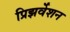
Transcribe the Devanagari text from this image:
प्रिझर्वेशन